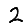
Digit: 2